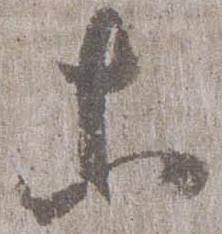
等